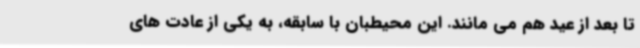
تا بعد از عید هم می مانند. این محیطبان با سابقه، به یکی از عادت های